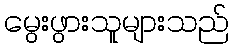
မွေးဖွားသူများသည်